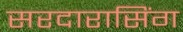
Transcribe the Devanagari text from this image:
सरदारासिंग